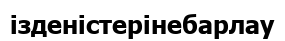
ізденістерінебарлау